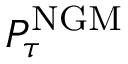
P _ { \tau } ^ { \mathrm { { N G M } } }